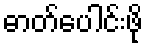
ဓာတ်ပေါင်းဖို